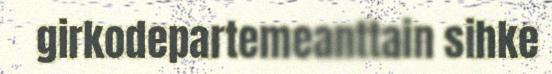
girkodepartemeanttain sihke